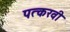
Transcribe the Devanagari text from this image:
पत्करवी